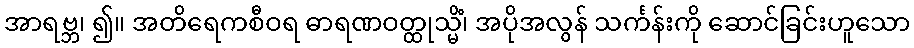
အာရဗ္ဘ၊ ၍။ အတိရေကစီဝရ ဓာရဏဝတ္ထုသ္မိံ၊ အပိုအလွန် သင်္ကန်းကို ဆောင်ခြင်းဟူသော